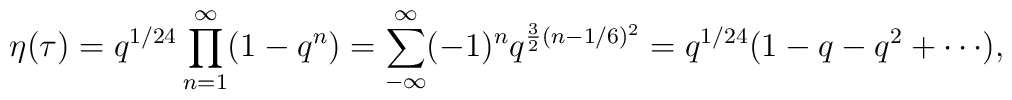
\eta(\tau)=q^{1/24}\prod^{\infty}_{n=1}(1-q^n)=\sum_{-\infty}^{\infty}(-1)^{n}q^{\frac{3}{2}(n-1/6)^2}= q^{1/24}(1 - q - q^2 + \cdots),